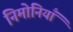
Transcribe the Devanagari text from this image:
निमोनियाँ